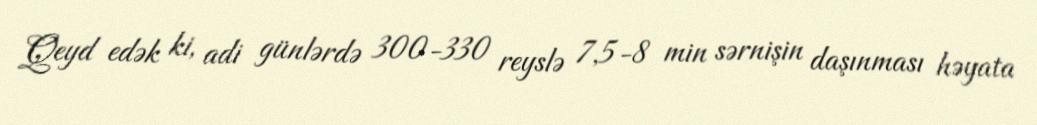
Qeyd edək ki, adi günlərdə 300-330 reyslə 7,5-8 min sərnişin daşınması həyata